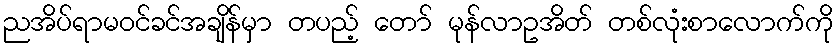
ညအိပ်ရာမဝင်ခင်အချိန်မှာ တပည့် တော် မုန်လာဥအိတ် တစ်လုံးစာလောက်ကို